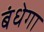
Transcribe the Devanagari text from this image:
बंधेगा